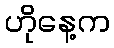
ဟိုနေ့က